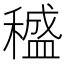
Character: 𥢱